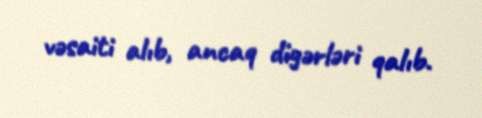
vəsaiti alıb, ancaq digərləri qalıb.